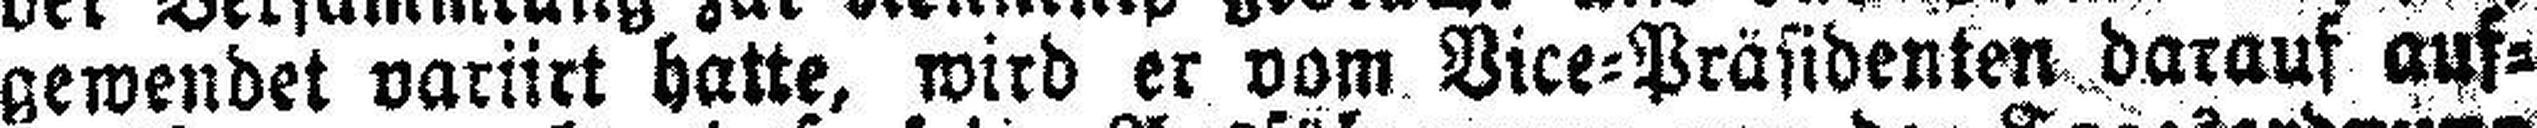
gewendet varürt hatte, wird er vom Vice=Präsidenten darauf auf¬